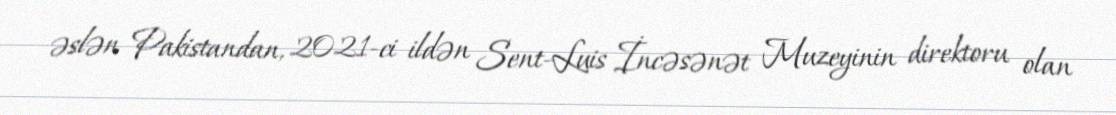
əslən Pakistandan, 2021-ci ildən Sent-Luis İncəsənət Muzeyinin direktoru olan